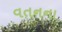
વતનના